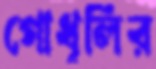
গোধূলির